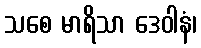
သစေ မာရိသာ ဒေဝါနံ၊